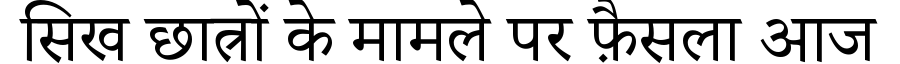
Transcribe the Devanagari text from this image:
सिख छात्रों के मामले पर फ़ैसला आज